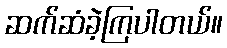
ဆက်ဆံခဲ့ကြပါတယ်။